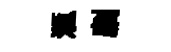
滙劘